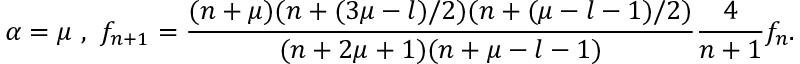
\alpha = \mu \ , \ f _ { n + 1 } = \frac { ( n + \mu ) ( n + ( 3 \mu - l ) / 2 ) ( n + ( \mu - l - 1 ) / 2 ) } { ( n + 2 \mu + 1 ) ( n + \mu - l - 1 ) } \frac { 4 } { n + 1 } f _ { n } .